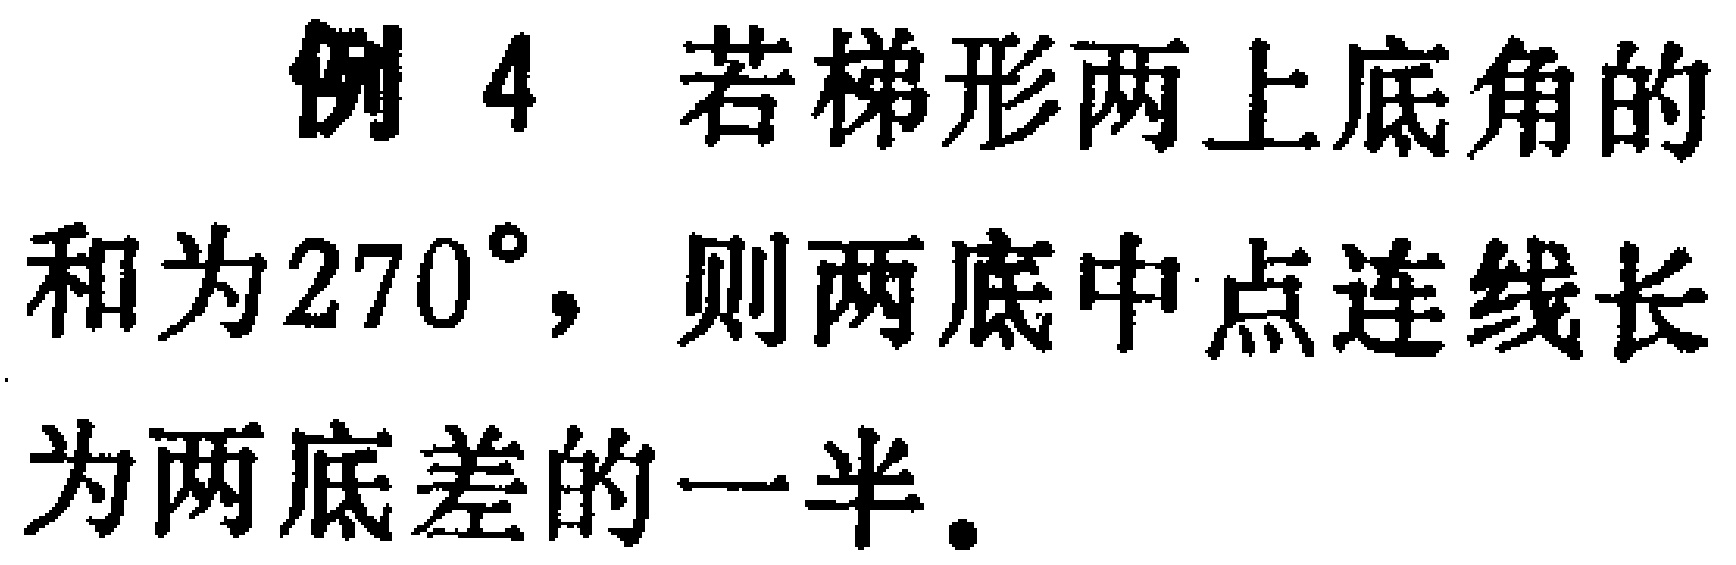
例 4 若梯形两上底角的和为$270^{\circ}$，则两底中点连线长为两底差的一半.